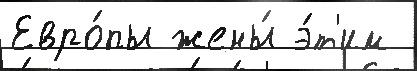
Евро́пы жены́ э́т'им